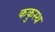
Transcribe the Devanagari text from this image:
ककुस्थ